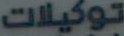
توكيلات